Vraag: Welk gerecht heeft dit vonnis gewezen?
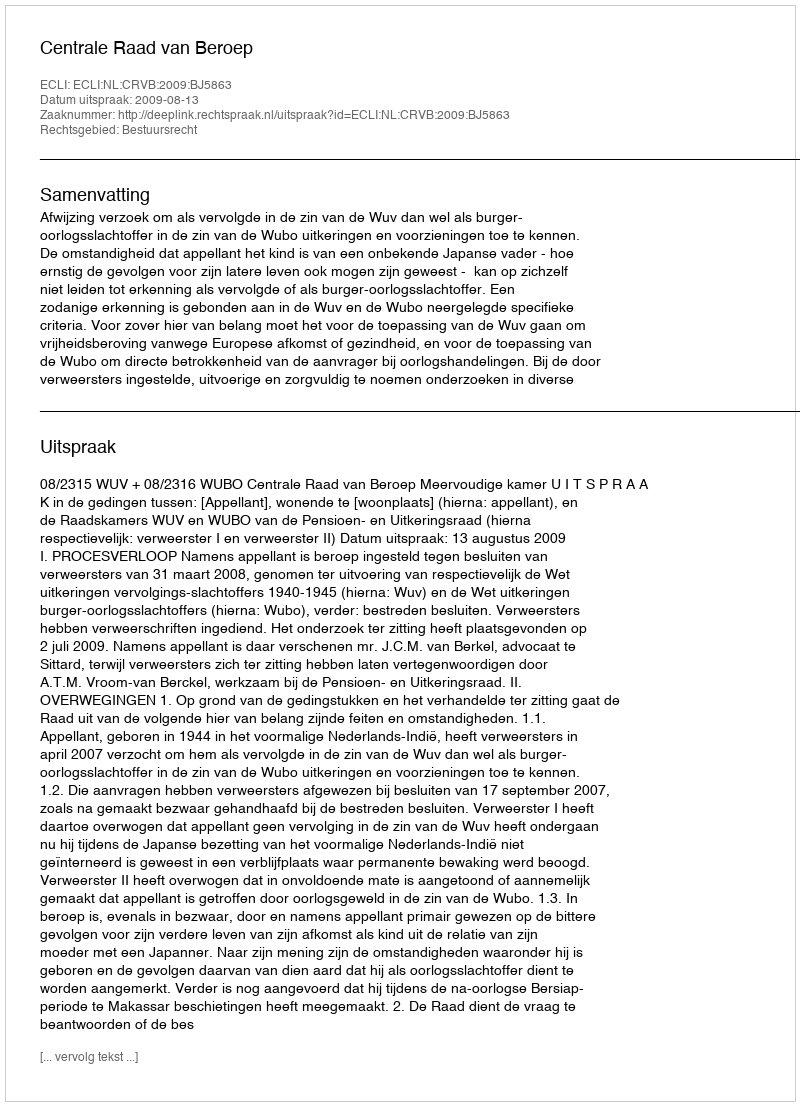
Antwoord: Centrale Raad van Beroep